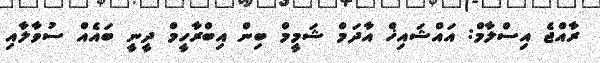
ރާއްޖެ އިސްލާމް: އައްޝައިޚް އާދަމް ޝަމީމް ބިން އިބްރާހީމް ދީނީ ބައެއް ސުވާލާއި